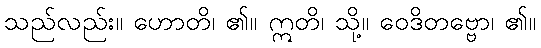
သည်လည်း။ ဟောတိ၊ ၏။ ဣတိ၊ သို့။ ဝေဒိတဗ္ဗော၊ ၏။